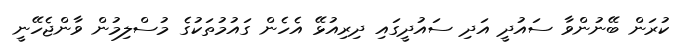
ކުރަން ބޭނުންވާ ސައުދީ އަދި ސައުދީގައި ދިރިއުޅޭ އެހެން ގައުމުތަކުގެ މުސްލިމުން ވާންޖެހޭނީ